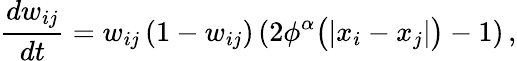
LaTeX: \frac{dw_{ij}}{dt}=w_{ij}\, (1-w_{ij})\, (2\phi^{\alpha}\big(|x_{i}-x_{j}|\big)-1)\, ,